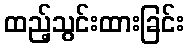
ထည့်သွင်းထားခြင်း